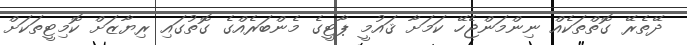
ދޭތެރޭ ގޮތްތަކެއް ނިންމަންޖެހޭ ކަމަށާ ޤައުމީ ޕާޓީގެ މެންބަރެއްގެ ގޮތުގައި ރިޔާޒަށް ކޮމިޓީތަކަށް